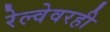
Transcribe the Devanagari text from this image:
रेल्वेवरही